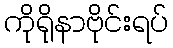
ကိုရိုနာဗိုင်းရပ်